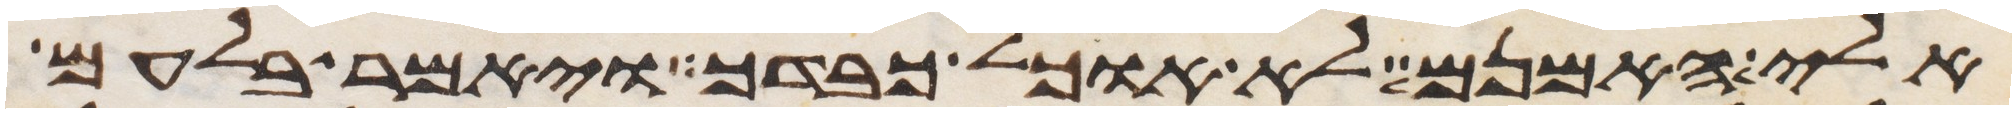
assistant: אלי האמנם לא אוכל כבדך ויאמר בלעם